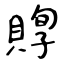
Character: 賯